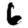
Digit: 6